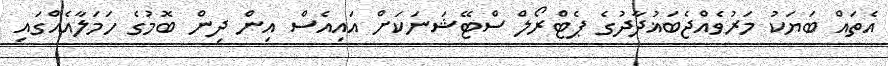
އެތައް ބަޔަކު މަރުވެއްޖެބަޣުދާދުގެ ޕެޓްރޯލް ސްޓޭޝަނަކަށް އައިއެސް އިން ދިން ބޮމުގެ ހަަމަލާއެއްގައި